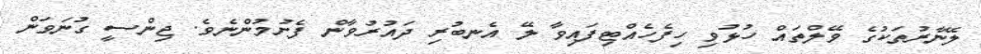
ލޭނާރުތަކުގެ ވޭލްތައް ހުޅުވި ހިފެހެއްޓިފައިވާ ލޭ އެނބުރި ދައުރުވާން ފެށުމުންނެވެ. ޖިންސީ ގުނަވަން